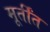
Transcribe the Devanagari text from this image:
मूर्तींत